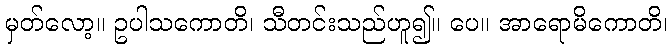
မှတ်လော့။ ဥပါသကောတိ၊ သီတင်းသည်ဟူ၍။ ပေ။ အာရောမိကောတိ၊